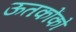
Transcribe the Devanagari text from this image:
ऊतकोंको